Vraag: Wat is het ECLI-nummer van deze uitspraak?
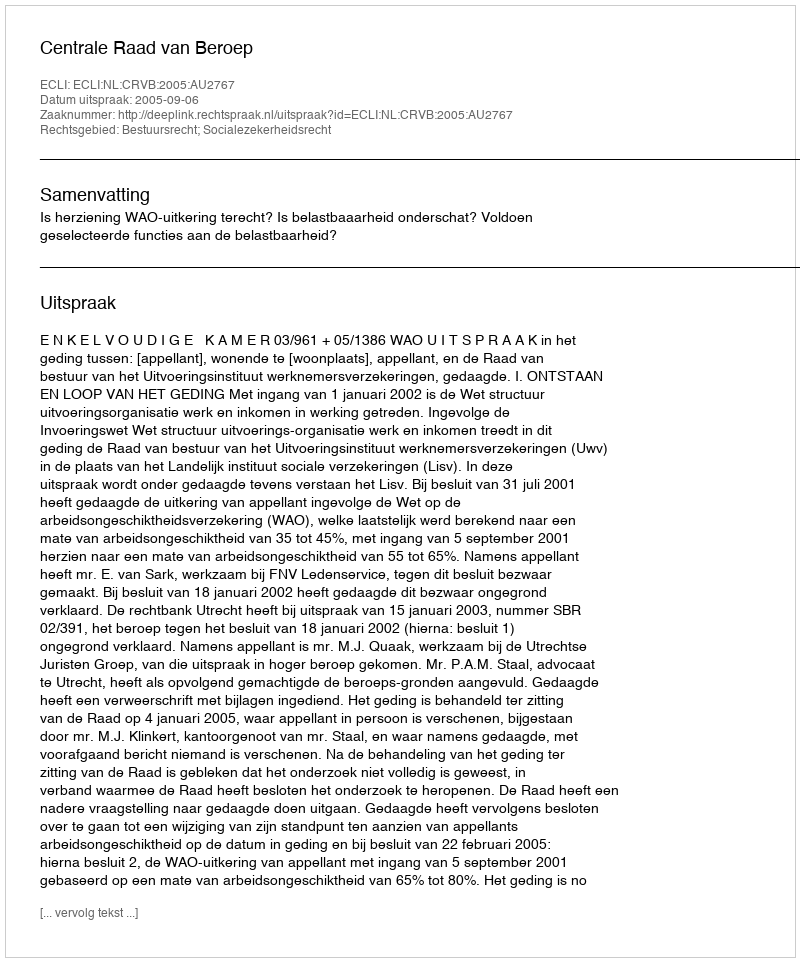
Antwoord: ECLI:NL:CRVB:2005:AU2767